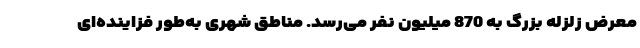
معرض زلزله بزرگ به 870 میلیون نفر می‌رسد. مناطق شهری به‌طور فزاینده‌ای